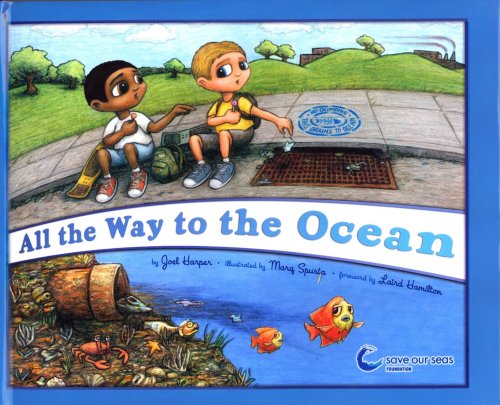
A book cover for All the Way to the Ocean; Joel Harper; Children's Books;